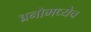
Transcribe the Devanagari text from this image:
ब्रनोमध्येच